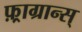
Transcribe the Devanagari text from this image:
फ़्राग्रान्स्